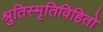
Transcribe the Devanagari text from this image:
श्रुतिस्मृतिविहितो